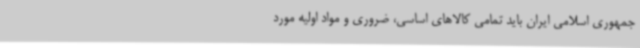
جمهوری اسلامی ایران باید تمامی کالاهای اساسی، ضروری و مواد اولیه مورد